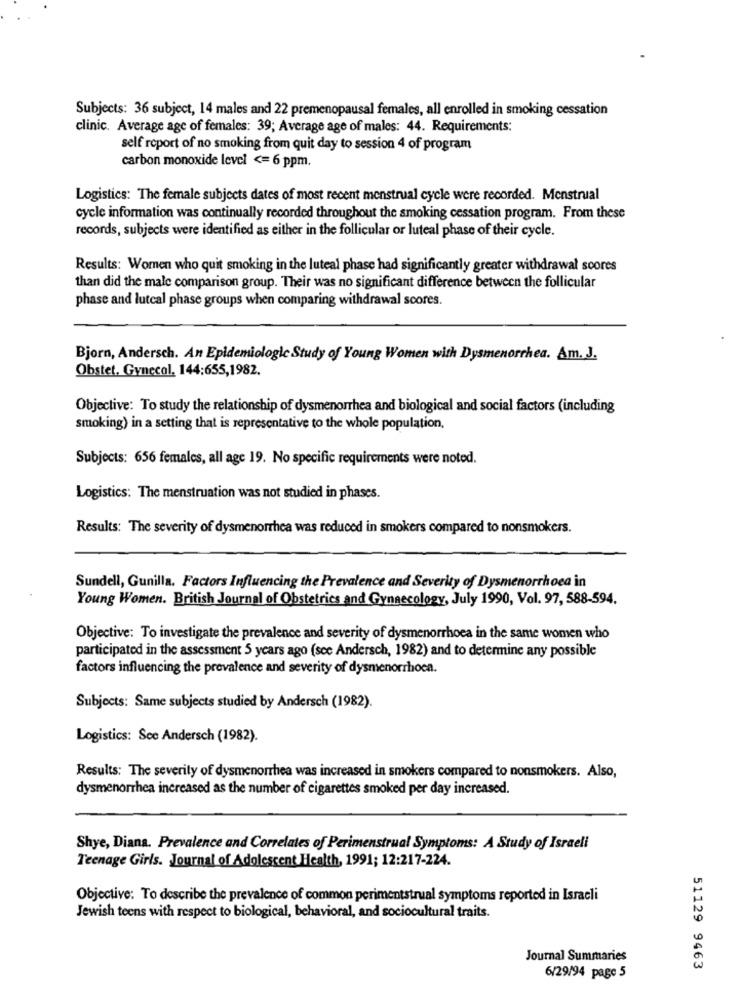
Subjects: 36 subject, 14 males and 22 premenopausal females, all enrolled in smoking cessation
clinic. Average age of females: 39; Average age of males: 44. Requirements:
self report of no smoking from quit day to session 4 of program
carbon monoxide level <= 6 ppm.
Logistics: The female subjects dates of most recent menstrual cycle were recorded. Menstrual
cycle information was continually recorded throughout the smoking cessation program. From these
records, subjects were identified as either in the follicular or luteal phase of their cycle.
Results: Women who quit smoking in the luteal phase had significantly greater withdrawal scores
than did the male comparison group. Their was no significant difference between the follicular
phase and lutcal phase groups when comparing withdrawal scores.
Bjorn, Andersch. An Epidemiologic Study of Young Women with Dysmenorrhea. Am. J.
Obstet. Gynecol, 144:655,1982.
Objective: To study the relationship of dysmenorrhea and biological and social factors (including
smoking) in a setting that is representative to the whole population,
Subjects: 656 females, all age 19. No specific requirements were noted.
Logistics: The menstruation was not studied in phases.
Results: The severity of dysmenorrhea was reduced in smokers compared to nonsmokers.
Sundell, Gunilla. Factors Influencing the Prevalence and Severity of Dysmenorrhoea in
Young Women. British Journal of Obstetrics and Gynaecology, July 1990, Vol. 97, 588-594.
Objective: To investigate the prevalence and severity of dysmenorrhoea in the same women who
participated in the assessment 5 years ago (see Andersch, 1982) and to determine any possible
factors influencing the prevalence and severity of dysmenorrhoea.
Subjects: Same subjects studied by Andersch (1982).
Logistics: See Andersch (1982).
Results: The severity of dysmenorrhea was increased in smokers compared to nonsmokers. Also,
dysmenorrhea increased as the number of cigarettes smoked per day increased.
Shye, Diana. Prevalence and Correlates of Perimenstrual Symptoms: A Study of Israeli
Teenage Girls. Journal of Adolescent Health, 1991; 12:217-224.
Objective: To describe the prevalence of common perimentstrual symptoms reported in Israeli
Jewish teens with respect to biological, behavioral, and sociocultural traits.
Journal Summaries
51129 9463
6/29/94 page 5